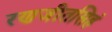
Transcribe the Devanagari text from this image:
रणजीतसिहं